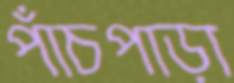
পাঁচপাড়া